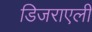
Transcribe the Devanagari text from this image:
डिजराएली